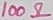
Text: 100Ω